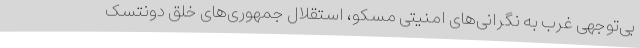
بی‌توجهی غرب به نگرانی‌های امنیتی مسکو، استقلال جمهوری‌های خلق دونتسک